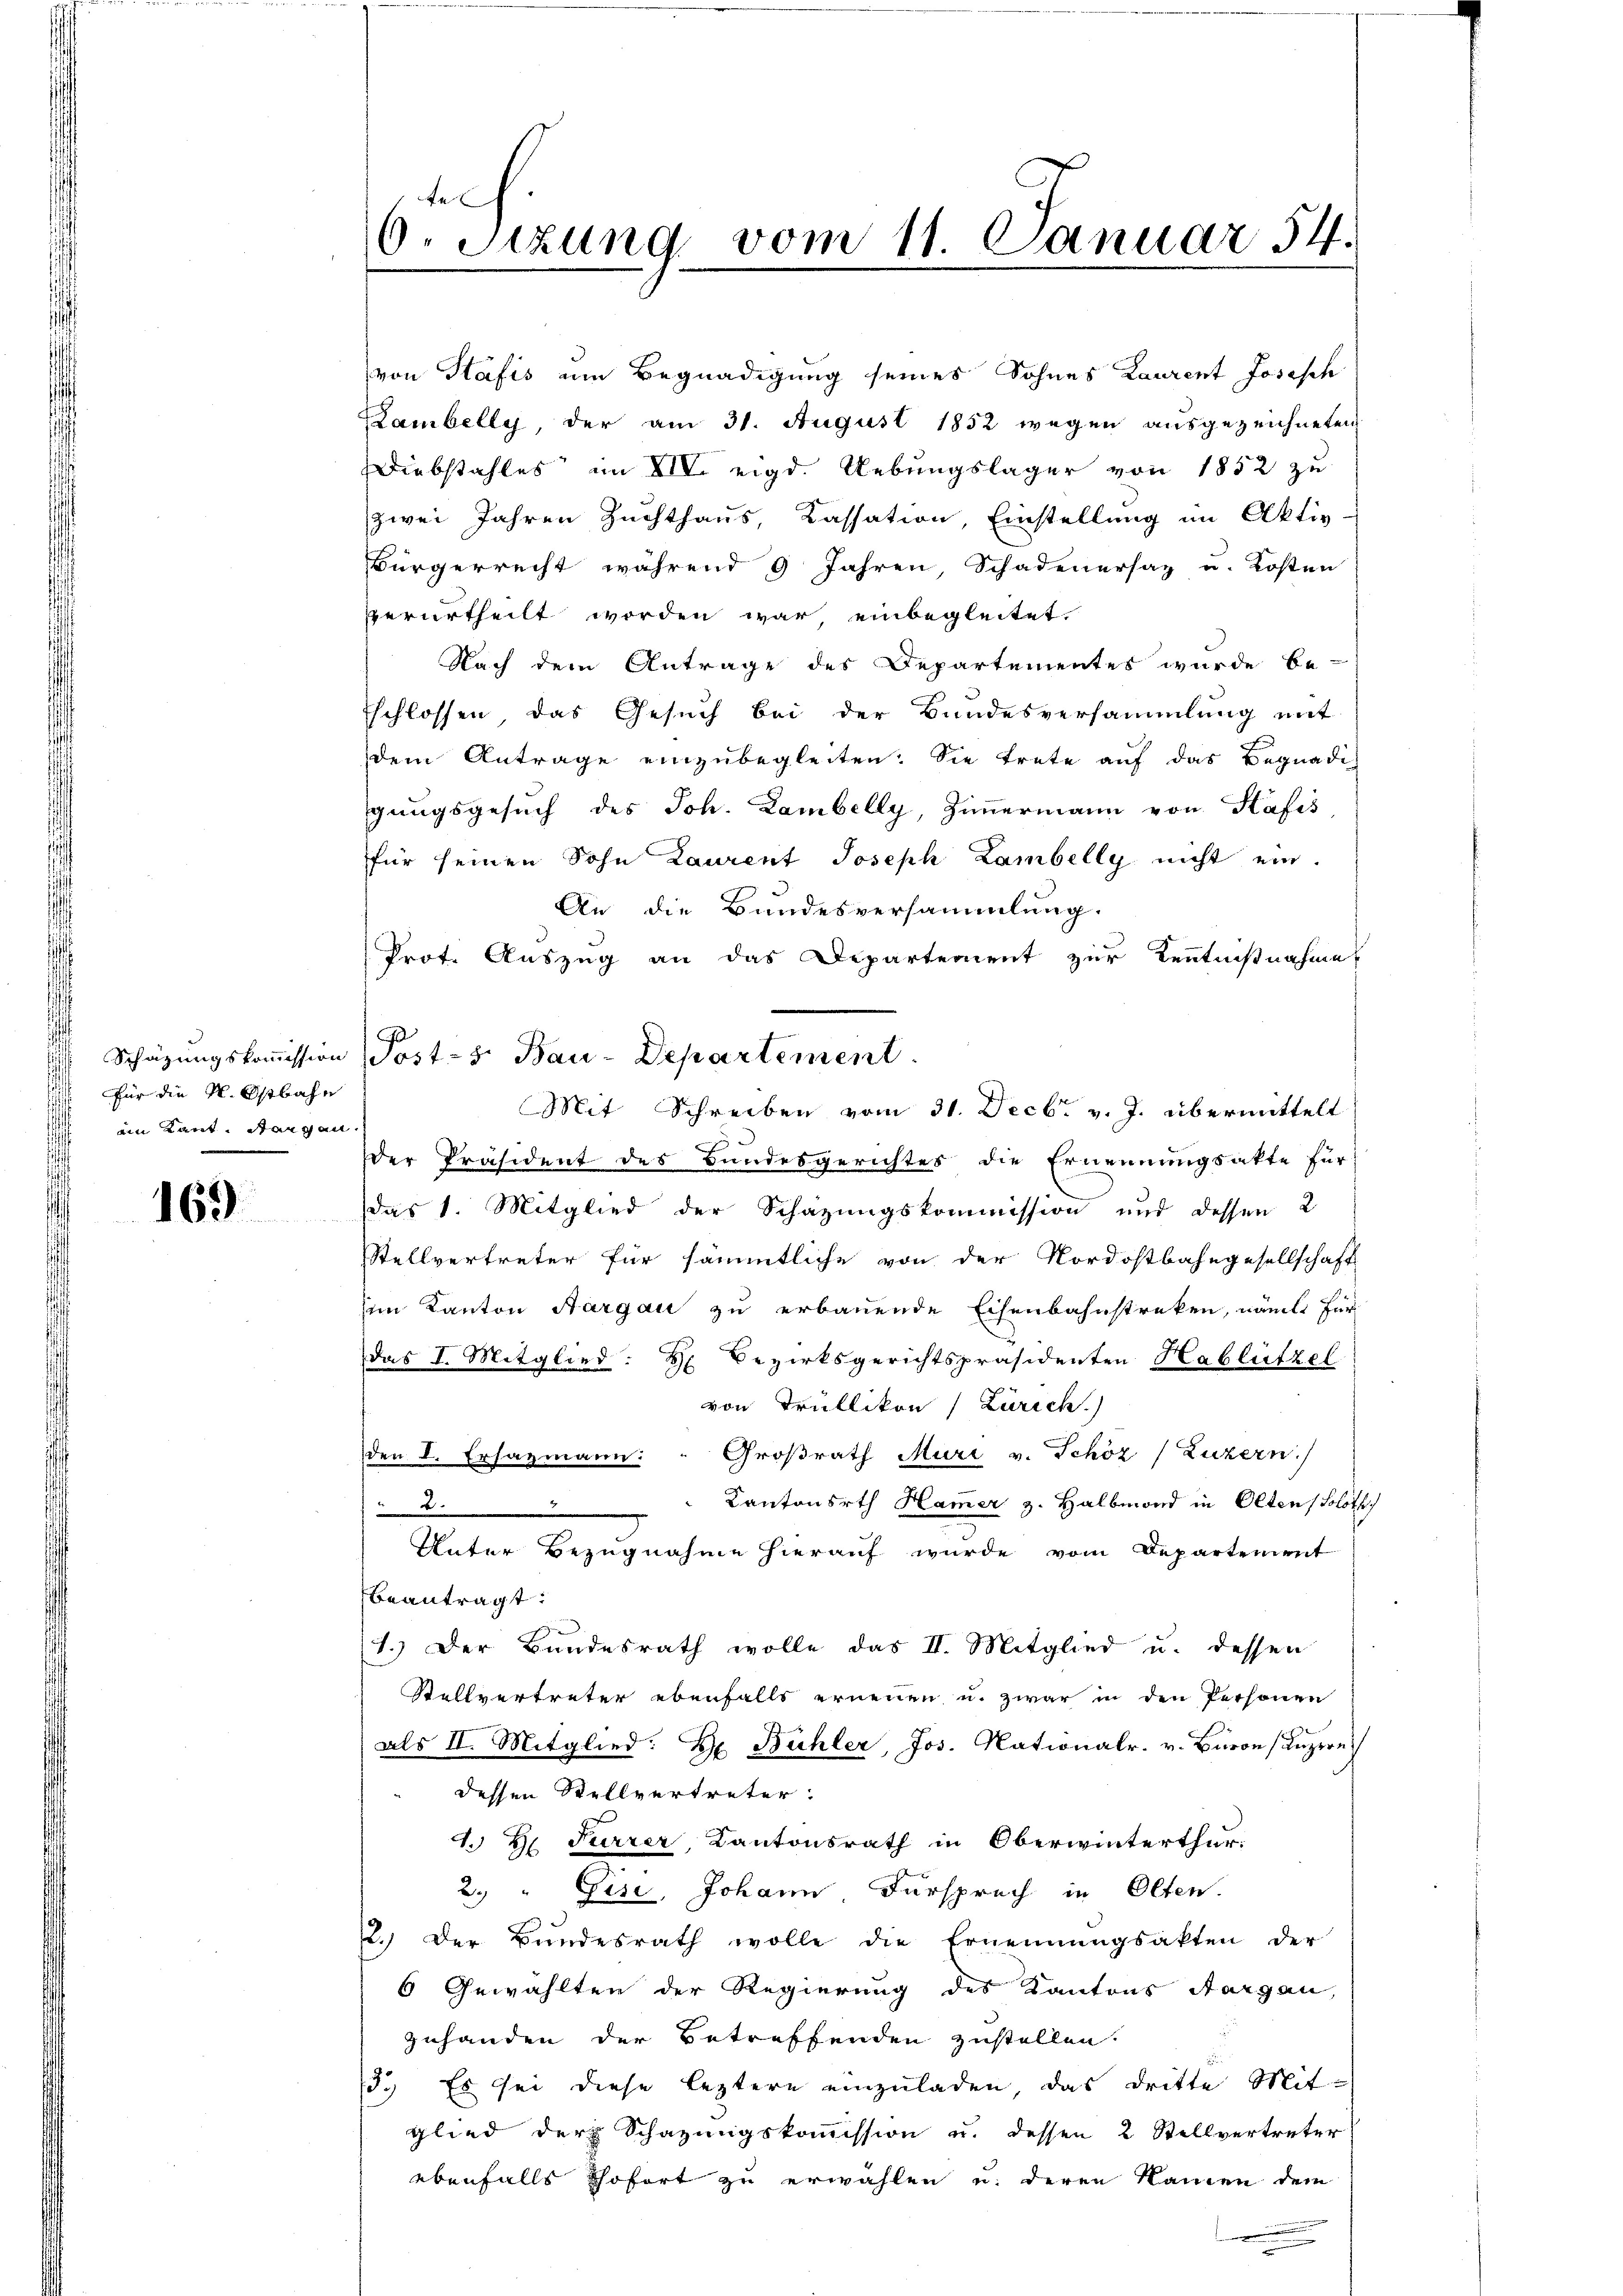
für die N. Ostbahn
ain Kant. Stangen,

169

tet
6. Sizung vom 11. Januar 54.

von Stafis um Begnadigung seines Sohnes Laurent Josasch
Lambelly, der am 31. August 1852 wegen ausgezeichneten
Diebstahles im XIV. eigd. Uebungslager von 1852 zu
zwei Jahren Zuchthaus Kassation, Einstellung im Aktiv-
Bürgerrecht während 9 Jahren Schadenersaz u. Kosten
verurtheilt worden war einbegleitet.
Nach dem Antrage des Departementes wurde be-
Eschlossen, das Gesuch bei der Bundesversammlung mit
dem Antrage einzubegleiten. Sie trete auf das Begnadigungsgesuch des Joh. Lambelly, Zimmermann von Safis
für seinen Sohn Laurent Joseph Lambelly nicht ein.
An die Bundesversammlung.
Prot. Auszug an das Departement zur Kenntnißnahme
Schätzungskoṁission (Post- 5. Bau-Departement.
Mit Schreiben vom 31. Decbr. v. J. übermittelt
Der Präsident des Bundesgerichtes die Ernennungsakte für
das 1. Mitglied der Schazungskommission und dessen 2
Stellvertreter für sämmtliche von der Nordostbahngesellschaft
en Kanton Aargau zu erbauende Eisenbahnstreken, nämli für
das I. Mitglied: Hr. Bezirksgerichtspräsidenten Hablützel
von Trüllikon (Zürich.)
den I. Ersazmann: " Großrath Muri v. Schöz (Luzern.
Kantonsrth Hamer z. Halbmord in Oltens Soloth
)
Unter Bezugnahme hierauf wurde vom Departement
beantragt:
1.) Der Bundesrath wolle das II. Mitglied u. dessen
Stellvertreter ebenfalls ernenen u. zwar in den Personen
als II. Mitglied: De Bühler, Jos. Nationalr. v. Baron Luzern
dessen Stellvertreter:
1. H. Furrer, Kantonsrath in Oberwinterthur.
2. Gise, Johann Fürspruch in Olten.
12.) Der Bundesrath wolle die Ernennungsakten der
6 Gewählten der Regierung des Kantons Aargau,
zuhanden der Betreffenden zustellen.
3.) Es sei diese leztere einzuladen, das dritte Mit-
Glied der Schazungskoṁission u. dessen 2 Stellvertreter
ebenfalls sofort zu erwählen u. deren Namen dem
.